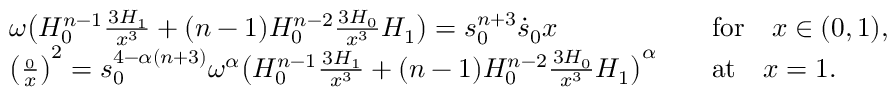
\begin{array} { r l r l } & { \omega \big ( H _ { 0 } ^ { n - 1 } \frac { \d ^ { 3 } H _ { 1 } } { \d x ^ { 3 } } + ( n - 1 ) H _ { 0 } ^ { n - 2 } \frac { \d ^ { 3 } H _ { 0 } } { \d x ^ { 3 } } H _ { 1 } \big ) = s _ { 0 } ^ { n + 3 } \dot { s } _ { 0 } x } & & { \mathrm { f o r } \quad x \in ( 0 , 1 ) , } \\ & { \big ( \frac { \d H _ { 0 } } { \d x } \big ) ^ { 2 } = s _ { 0 } ^ { 4 - \alpha ( n + 3 ) } \omega ^ { \alpha } \big ( H _ { 0 } ^ { n - 1 } \frac { \d ^ { 3 } H _ { 1 } } { \d x ^ { 3 } } + ( n - 1 ) H _ { 0 } ^ { n - 2 } \frac { \d ^ { 3 } H _ { 0 } } { \d x ^ { 3 } } H _ { 1 } \big ) ^ { \alpha } } & & { \mathrm { a t } \quad x = 1 . } \end{array}